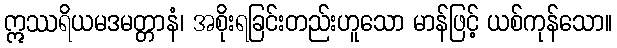
ဣဿရိယမဒမတ္တာနံ၊ အစိုးရခြင်းတည်းဟူသော မာန်ဖြင့် ယစ်ကုန်သော။